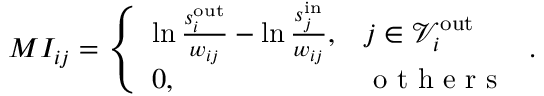
M I _ { i j } = \left\{ \begin{array} { l l } { \ln \frac { s _ { i } ^ { \mathrm { o u t } } } { w _ { i j } } - \ln \frac { s _ { j } ^ { \mathrm { i n } } } { w _ { i j } } , } & { j \in \mathscr { V } _ { i } ^ { \mathrm { o u t } } } \\ { 0 , } & { \mathrm { ~ o ~ t ~ h ~ e ~ r ~ s ~ } } \end{array} \right. .